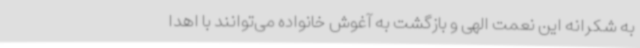
به شکرانه این نعمت الهی و بازگشت به آغوش خانواده می‌توانند با اهدا